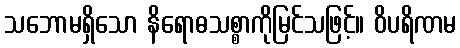
သဘောမရှိသော နိရောဓသစ္စာကိုမြင်သဖြင့်။ ဝိပရိဏမ